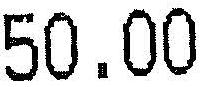
50.00